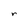
Character: r